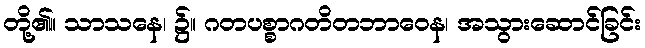
တို့၏။ သာသနေ၊ ၌။ ဂတပစ္စာဂတိတဘာဝေန၊ အသွားဆောင်ခြင်း